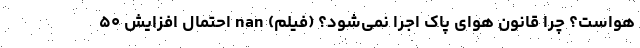
هواست؟ چرا قانون هوای پاک اجرا نمی‌شود؟ (فیلم) nan احتمال افزایش ۵۰